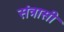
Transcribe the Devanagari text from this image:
संत्रासी